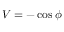
V = - \cos \phi